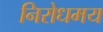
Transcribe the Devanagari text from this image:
निरोधमय